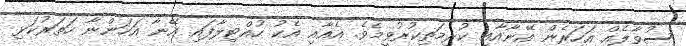
ސުވާލެއް އަހަރެން އޭނާއާއި ކުރިމަތިކުރުވީމެވެ. އެއާއި އެކު ހުއްޓިލާފައި އޭނާ އަހަންނާ ހަތަރުކަޅި